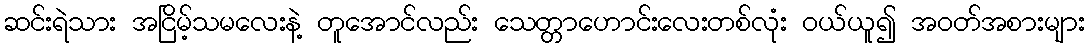
ဆင်းရဲသား အငြိမ့်သမလေးနဲ့ တူအောင်လည်း သေတ္တာဟောင်းလေးတစ်လုံး ဝယ်ယူ၍ အဝတ်အစားများ